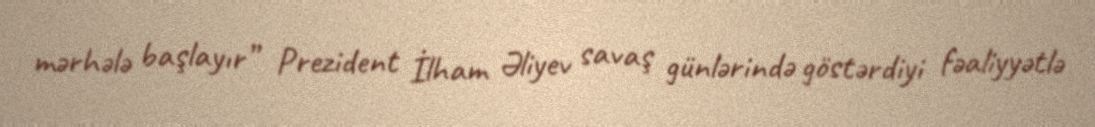
mərhələ başlayır” Prezident İlham Əliyev savaş günlərində göstərdiyi fəaliyyətlə